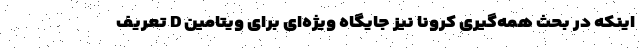
اینکه در بحث همه‌گیری کرونا نیز جایگاه ویژه‌ای برای ویتامین D تعریف